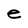
Character: e